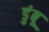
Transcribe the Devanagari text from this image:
डुंबू